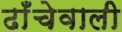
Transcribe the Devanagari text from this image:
ढाँचेवाली